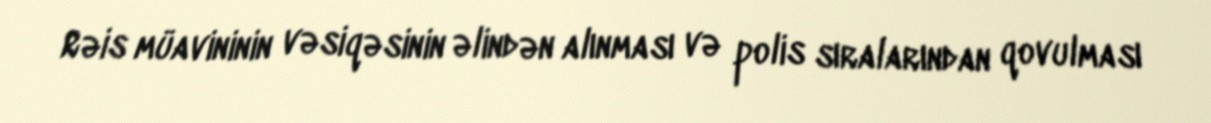
Rəis müavininin vəsiqəsinin əlindən alınması və polis sıralarından qovulması